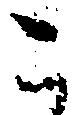
こ